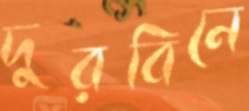
দুরবিনে